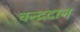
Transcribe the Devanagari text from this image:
चन्द्रदान